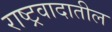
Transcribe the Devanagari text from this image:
राष्ट्रवादातील